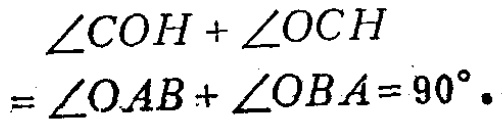
\(\angle COH+\angle OCH=\angle OAB+\angle OBA = 90^{\circ}.\)